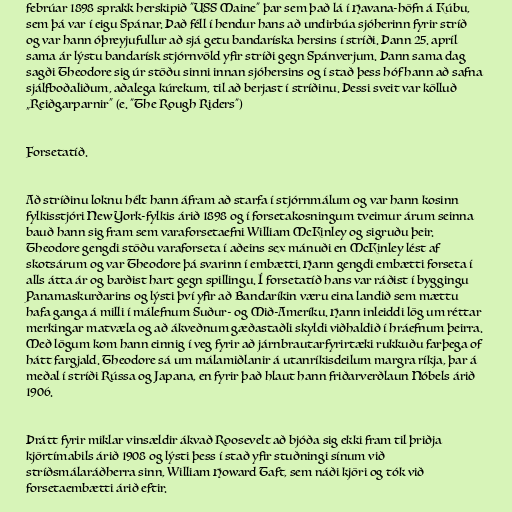
febrúar 1898 sprakk herskipið "USS Maine" þar sem það lá í Havana-höfn á Kúbu,
sem þá var í eigu Spánar. Það féll í hendur hans að undirbúa sjóherinn fyrir stríð
og var hann óþreyjufullur að sjá getu bandaríska hersins í stríði. Þann 25. apríl
sama ár lýstu bandarísk stjórnvöld yfir stríði gegn Spánverjum. Þann sama dag
sagði Theodore sig úr stöðu sinni innan sjóhersins og í stað þess hóf hann að safna
sjálfboðaliðum, aðalega kúrekum, til að berjast í stríðinu. Þessi sveit var kölluð
„Reiðgarparnir“ (e. "The Rough Riders")

Forsetatíð.

Að stríðinu loknu hélt hann áfram að starfa í stjórnmálum og var hann kosinn
fylkisstjóri New York-fylkis árið 1898 og í forsetakosningum tveimur árum seinna
bauð hann sig fram sem varaforsetaefni William McKinley og sigruðu þeir.
Theodore gengdi stöðu varaforseta í aðeins sex mánuði en McKinley lést af
skotsárum og var Theodore þá svarinn í embætti. Hann gengdi embætti forseta í
alls átta ár og barðist hart gegn spillingu. Í forsetatíð hans var ráðist í byggingu
Panamaskurðarins og lýsti því yfir að Bandaríkin væru eina landið sem mættu
hafa ganga á milli í málefnum Suður- og Mið-Ameríku. Hann inleiddi lög um réttar
merkingar matvæla og að ákveðnum gæðastaðli skyldi viðhaldið í hráefnum þeirra.
Með lögum kom hann einnig í veg fyrir að járnbrautarfyrirtæki rukkuðu farþega of
hátt fargjald. Theodore sá um málamiðlanir á utanríkisdeilum margra ríkja, þar á
meðal í stríði Rússa og Japana, en fyrir það hlaut hann friðarverðlaun Nóbels árið
1906.

Þrátt fyrir miklar vinsældir ákvað Roosevelt að bjóða sig ekki fram til þriðja
kjörtímabils árið 1908 og lýsti þess í stað yfir stuðningi sínum við
stríðsmálaráðherra sinn, William Howard Taft, sem náði kjöri og tók við
forsetaembætti árið eftir.